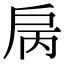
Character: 𢨿